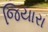
જિયારા